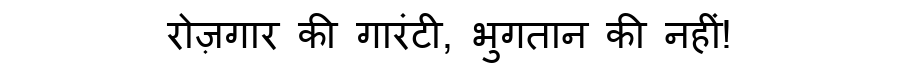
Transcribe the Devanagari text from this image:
रोज़गार की गारंटी, भुगतान की नहीं!